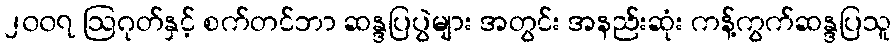
၂၀၀၇ ဩဂုတ်နှင့် စက်တင်ဘာ ဆန္ဒပြပွဲများ အတွင်း အနည်းဆုံး ကန့်ကွက်ဆန္ဒပြသူ